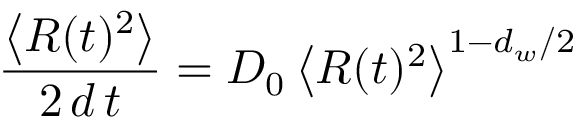
\frac { \left\langle R ( t ) ^ { 2 } \right\rangle } { 2 \, d \, t } = D _ { 0 } \left\langle R ( t ) ^ { 2 } \right\rangle ^ { 1 - d _ { w } / 2 }